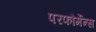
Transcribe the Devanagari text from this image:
परफौर्मेन्स